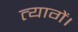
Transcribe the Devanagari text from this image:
त्यागें।